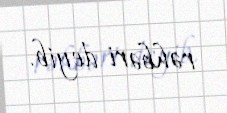
rəhbəri deyib.